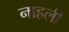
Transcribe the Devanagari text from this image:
नाहली